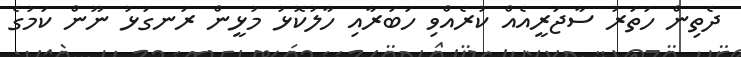
ދެތިން ހަތަރު ސާޖަރީއެެއް ކުރެއްވި ހަބަރާއި ހާލުކޮޅު މުޅީން ރަނގަޅު ނޫން ކަމުގެ